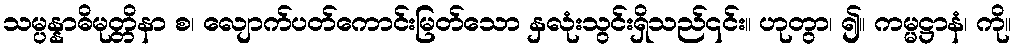
သမ္ပန္နာဓိမုတ္တိနာ စ၊ လျောက်ပတ်ကောင်းမြတ်သော နှလုံးသွင်းရှိသည်၎င်း။ ဟုတွာ၊ ၍။ ကမ္မဋ္ဌာနံ၊ ကို။